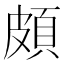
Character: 頗